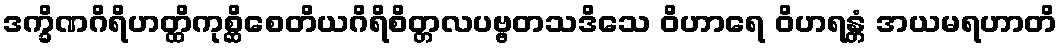
ဒက္ခိဏဂိရိဟတ္ထိကုစ္ဆိစေတိယဂိရိစိတ္တလပဗ္ဗတသဒိသေ ဝိဟာရေ ဝိဟရန္တံ အယမရဟာတိ